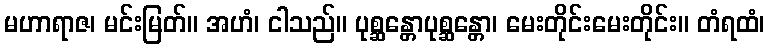
မဟာရာဇ၊ မင်းမြတ်။ အဟံ၊ ငါသည်။ ပုစ္ဆန္တောပုစ္ဆန္တော၊ မေးတိုင်းမေးတိုင်း။ တံရထံ၊